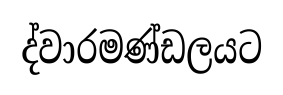
ද්වාරමණ්ඩලයට